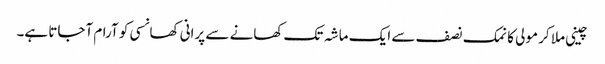
چینی ملا کر مولی کا نمک نصف سے ایک ماشہ تک کھانے سے پرانی کھانسی کو آرام آجاتا ہے۔